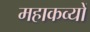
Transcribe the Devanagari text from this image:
महाकव्यों